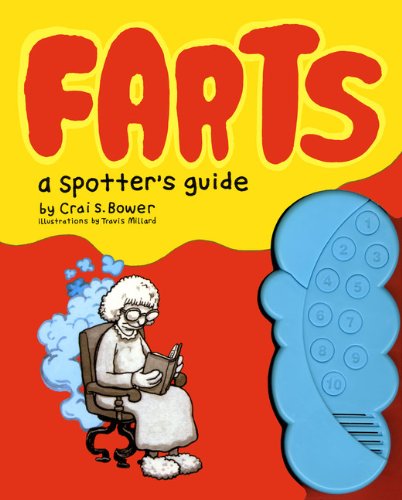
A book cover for Farts: A Spotter's Guide; Crai S. Bower; Comics & Graphic Novels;